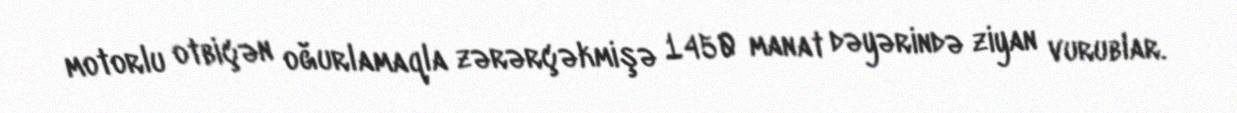
motorlu otbiçən oğurlamaqla zərərçəkmişə 1450 manat dəyərində ziyan vurublar.